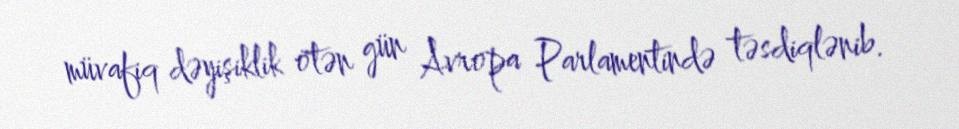
müvafiq dəyişiklik ötən gün Avropa Parlamentində təsdiqlənib.